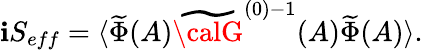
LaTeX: \mathbf{i}S_{eff}=\langle\widetilde{{\Phi}}(A)\widetilde{{{\calG}}}^{(0)-1}(A)\widetilde{{\Phi}}(A)\rangle.